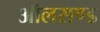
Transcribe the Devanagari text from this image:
ऑलसण्ड